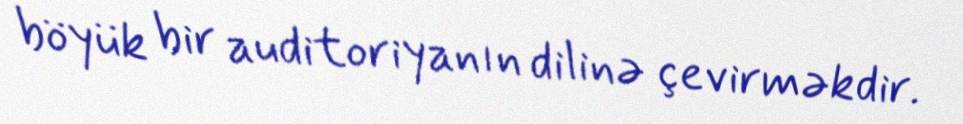
böyük bir auditoriyanın dilinə çevirməkdir.